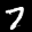
Label: 7